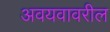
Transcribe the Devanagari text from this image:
अवयवावरील